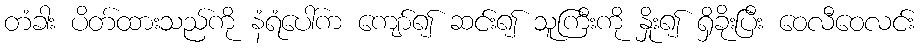
တံခါး ပိတ်ထားသည်ကို နံရံပေါ်က ကျော်၍ ဆင်း၍ သူကြီးကို နှိုး၍ ရှိခိုးပြီး ဝေလီဝေလင်း